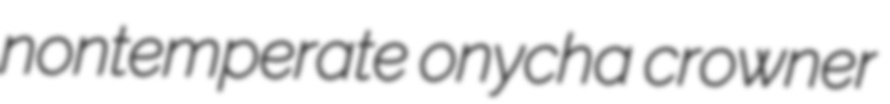
nontemperate onycha crowner